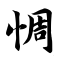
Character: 惆